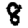
Digit: 8